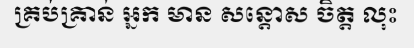
គ្រប់គ្រាន់ អ្នក មាន សន្តោស ចិត្ត លុះ